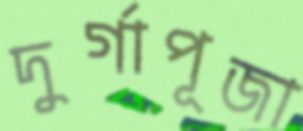
দুর্গাপূজা